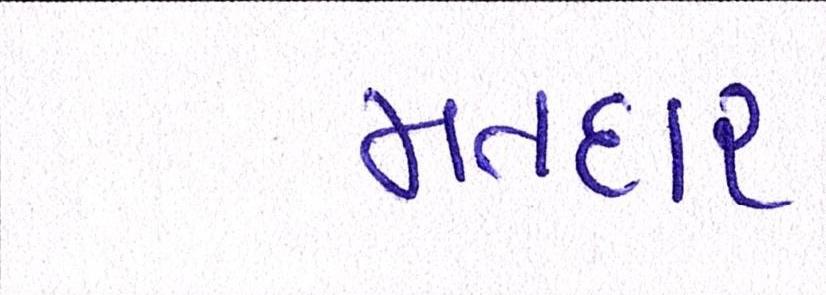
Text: મતદાર